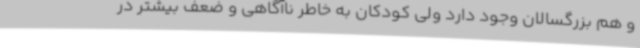
و هم بزرگسالان وجود دارد ولی کودکان به خاطر ناآگاهی و ضعف بیشتر در